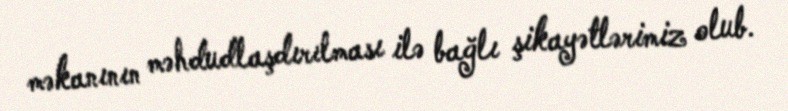
məkanının məhdudlaşdırılması ilə bağlı şikayətlərimiz olub.